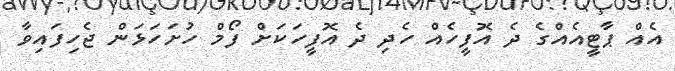
އެއް ޕާޓީއެއްގެ ދެ އޮފީހެއް ހެދި ދެ އޮފީހަކަށް ފޯމް ހުށަހަޅަން ޖެހިފައިވާ